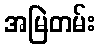
အမြဲတမ်း